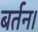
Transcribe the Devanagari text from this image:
बर्तन।